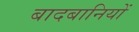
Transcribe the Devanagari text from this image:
बादबानियों